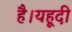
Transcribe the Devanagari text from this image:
है।यहूदी